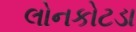
લોનકોટડા